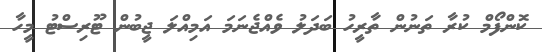
ކޮންފޯމް ކުރާ ތަނުން ތާރީހު ބަދަލު ވެއްޖެނަމަ އަމިއްލަ ޖީބުން ޓޫރިސްޓު މީހާ